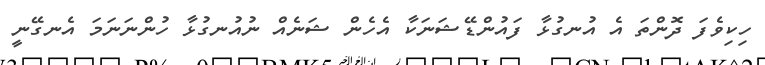
ހިކިވެފަ ދޮންތަ އެ އުނގުޅާ ފައުންޑޭޝަނަކާ އެހެން ޝަނެއް ނުއުނގުޅާ ހުންނަނަމަ އެނގޭނީ